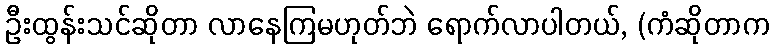
ဦးထွန်းသင်ဆိုတာ လာနေကြမဟုတ်ဘဲ ရောက်လာပါတယ်, (ကံဆိုတာက